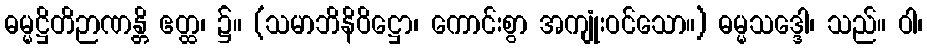
ဓမ္မဋ္ဌိတိဉာဏန္တိ ဧတ္ထ၊ ၌။ (သမာဘိနိဝိဋ္ဌော၊ ကောင်းစွာ အကျုံးဝင်သော။) ဓမ္မသဒ္ဒေါ၊ သည်။ ဝါ၊